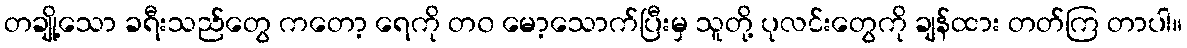
တချို့သော ခရီးသည်တွေ ကတော့ ရေကို တ၀ မော့သောက်ပြီးမှ သူတို့ ပုလင်းတွေကို ချန်ထား တတ်ကြ တာပါ။